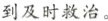
到及时救治